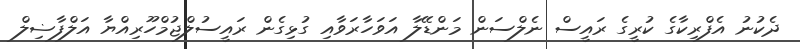
ދެކުނު އެފްރިކާގެ ކުރީގެ ރައީސް ނެލްސަން މަންޑޭލާ އަވަހާރަވާއި ގުޅިގެން ރައީސުލްޖުމްހޫރިއްޔާ އަލްފާޟިލް